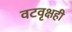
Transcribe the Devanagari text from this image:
वटवृक्षही